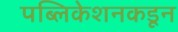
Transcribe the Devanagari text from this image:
पब्लिकेशनकडून